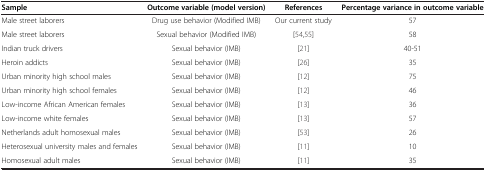
| Sample | Outcome variable (model version) | References | Percentage variance in outcome variable |
 | --- | --- | --- | --- |
 | Male street laborers | Drug use behavior (Modified IMB) | Our current study | 57 |
 | Male street laborers | Sexual behavior (Modified IMB) | [54,55] | 58 |
 | Indian truck drivers | Sexual behavior (IMB) | [21] | 40-51 |
 | Heroin addicts | Sexual behavior (IMB) | [26] | 35 |
 | Urban minority high school males | Sexual behavior (IMB) | [12] | 75 |
 | Urban minority high school females | Sexual behavior (IMB) | [12] | 46 |
 | Low-income African American females | Sexual behavior (IMB) | [13] | 36 |
 | Low-income white females | Sexual behavior (IMB) | [13] | 57 |
 | Netherlands adult homosexual males | Sexual behavior (IMB) | [53] | 26 |
 | Heterosexual university males and females | Sexual behavior (IMB) | [11] | 10 |
 | Homosexual adult males | Sexual behavior (IMB) | [11] | 35 |